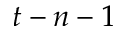
t - n - 1